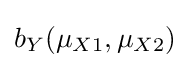
b_{Y}(\mu _{X1},\mu _{X2})